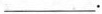
___.